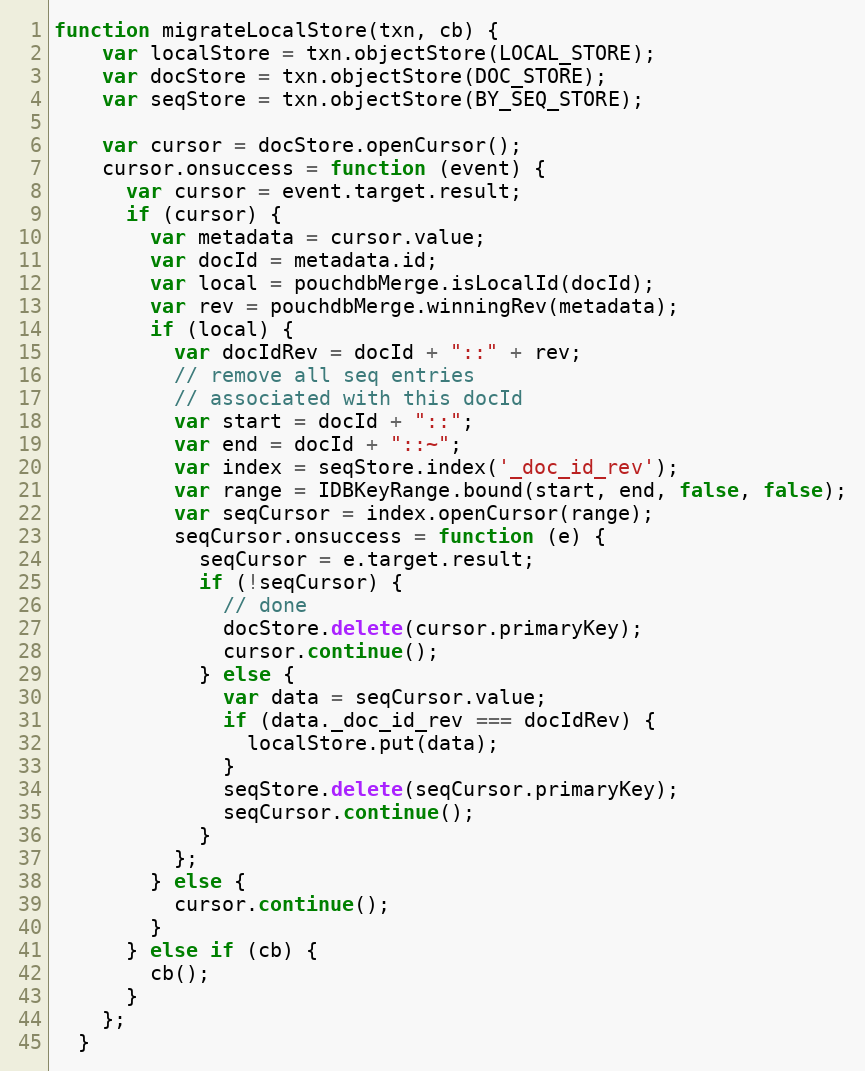
Language: JavaScript
function migrateLocalStore(txn, cb) {
    var localStore = txn.objectStore(LOCAL_STORE);
    var docStore = txn.objectStore(DOC_STORE);
    var seqStore = txn.objectStore(BY_SEQ_STORE);

    var cursor = docStore.openCursor();
    cursor.onsuccess = function (event) {
      var cursor = event.target.result;
      if (cursor) {
        var metadata = cursor.value;
        var docId = metadata.id;
        var local = pouchdbMerge.isLocalId(docId);
        var rev = pouchdbMerge.winningRev(metadata);
        if (local) {
          var docIdRev = docId + "::" + rev;
          // remove all seq entries
          // associated with this docId
          var start = docId + "::";
          var end = docId + "::~";
          var index = seqStore.index('_doc_id_rev');
          var range = IDBKeyRange.bound(start, end, false, false);
          var seqCursor = index.openCursor(range);
          seqCursor.onsuccess = function (e) {
            seqCursor = e.target.result;
            if (!seqCursor) {
              // done
              docStore.delete(cursor.primaryKey);
              cursor.continue();
            } else {
              var data = seqCursor.value;
              if (data._doc_id_rev === docIdRev) {
                localStore.put(data);
              }
              seqStore.delete(seqCursor.primaryKey);
              seqCursor.continue();
            }
          };
        } else {
          cursor.continue();
        }
      } else if (cb) {
        cb();
      }
    };
  }